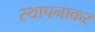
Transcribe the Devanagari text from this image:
स्थापनाकर